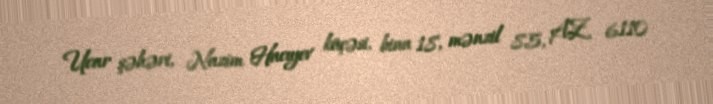
Ucar şəhəri, Nazim Hacıyev küçəsi, bina 18, mənzil 85, AZ 6110